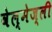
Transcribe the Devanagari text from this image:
वेल्मेज्ली